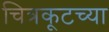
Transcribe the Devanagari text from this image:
चित्रकूटच्या